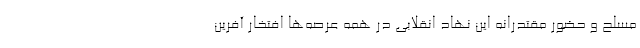
مسلح و حضور مقتدرانه این نهاد انقلابی در همه عرصه‌ها افتخار آفرین